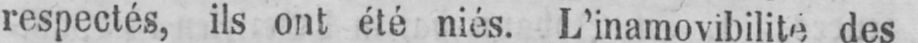
respectés, ils ont été niés. L’inamovibilité des